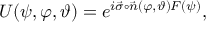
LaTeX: U ( \psi , \varphi , \vartheta ) = e ^ { i \vec { \sigma } \circ \vec { n } ( \varphi , \vartheta ) F ( \psi ) } ,